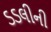
ડડલીની